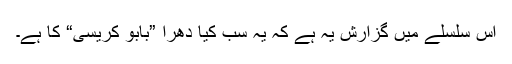
اس سلسلے میں گزارش یہ ہے کہ یہ سب کیا دھرا ”بابو کریسی“ کا ہے۔